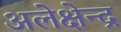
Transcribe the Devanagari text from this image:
अलेक्षेन्द्र